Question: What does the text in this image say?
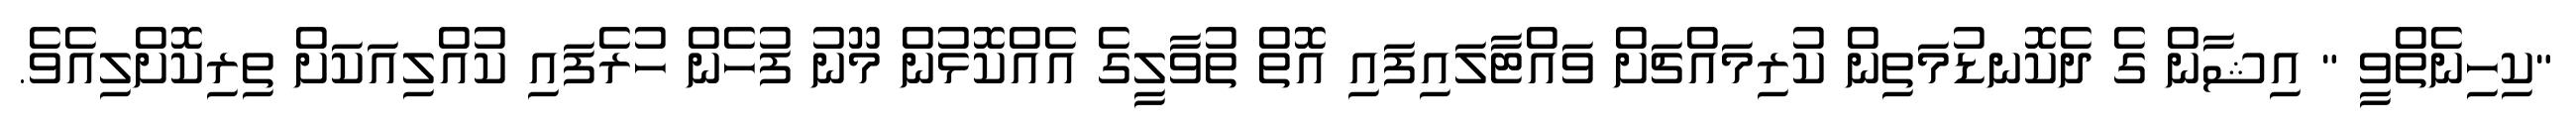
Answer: "ކިހިނެތްވީ " އިޝާން ގެ ދެކޮނޑުމަތިން ކުރިމައްޗަށް ވައްޓާލައިފައި އޮތް ތުވާލީގެ އެއްކޮޅުން މޫނު ފުހެން ހުރެފައި ކުއްލިއަކަށް ތިރިކޮށްލިއެވެ.